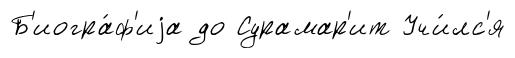
Б'иогра́ф'иjа до Сурамар'ит Учи́лс'я